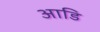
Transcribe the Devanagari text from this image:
आडि